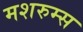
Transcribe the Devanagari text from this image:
मशरुम्स